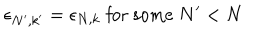
LaTeX: \epsilon _ { N ^ { \prime } , k ^ { \prime } } = \epsilon _ { N , k } \; \mathrm { f o r ~ s o m e } \; N ^ { \prime } < N